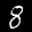
Label: 8